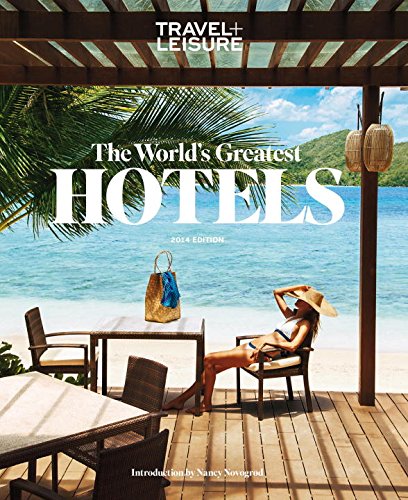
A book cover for Travel + Leisure: The World's Greatest Hotels 2014; The Editors of Travel + Leisure; Travel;